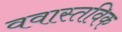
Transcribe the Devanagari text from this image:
ववास्तविक